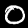
Label: 0